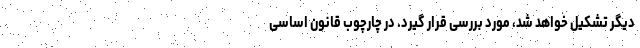
دیگر تشکیل خواهد شد، مورد بررسی قرار گیرد. در چارچوب قانون اساسی